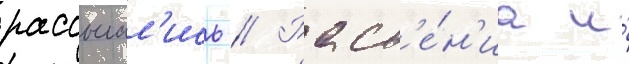
рассыпал'ись // Раст'е́н'иа и́